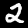
Digit: 2